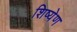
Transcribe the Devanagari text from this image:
शिष्येण